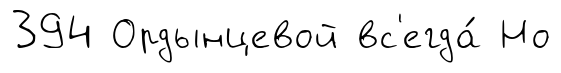
394 Ордынцевой вс'егда́ Но